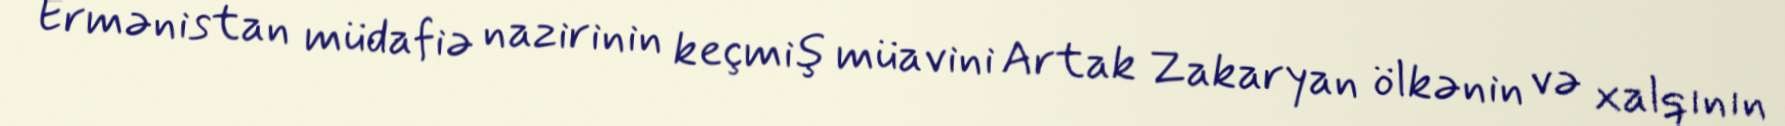
Ermənistan müdafiə nazirinin keçmiş müavini Artak Zakaryan ölkənin və xalqının